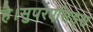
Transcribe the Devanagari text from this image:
है।सुपरएसिड्स